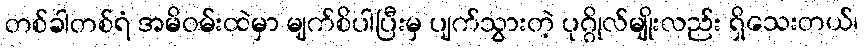
တစ်ခါတစ်ရံ အမိဝမ်းထဲမှာ မျက်စိပါပြီးမှ ပျက်သွားတဲ့ ပုဂ္ဂိုလ်မျိုးလည်း ရှိသေးတယ်၊